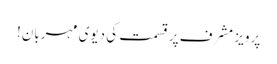
پرویز مشرف پرقسمت کی دیوی مہربان!